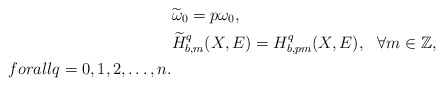
\begin{align*} &\widetilde\omega_0=p\omega_0, \\&\widetilde H^q_{b,m}(X,E)=H^q_{b,pm}(X,E),\ \ \forall m\in\mathbb{Z},\ \\forall q=0,1,2,\ldots,n.\end{align*}